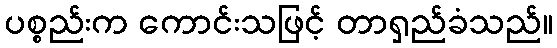
ပစ္စည်းက ကောင်းသဖြင့် တာရှည်ခံသည်။